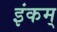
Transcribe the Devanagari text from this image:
इंकम्